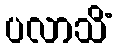
ပလာသိံ